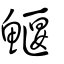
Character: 鰋